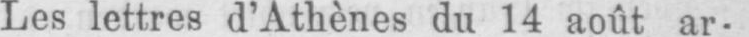
Les lettres d’Athènes du 14 août ar-